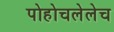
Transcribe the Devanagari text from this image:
पोहोचलेलेच